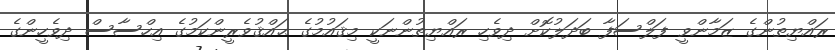
ރައްޔިތުންގެ ޒަމާންވީ ފަލްސަފާ ބަދަލުކޮށް ދިވެހި ރައްޔިތުންނަކީ މިޤައުމުގެ ޙައްޤުވެރީންކަމުގެ އިހްސާސް ދިވެހީންގެ